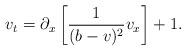
LaTeX: \begin{align*}v_t=\partial_x\left[\frac{1}{(b-v)^2}v_x\right]+1.\end{align*}